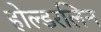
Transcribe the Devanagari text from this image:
होल्डरलिन